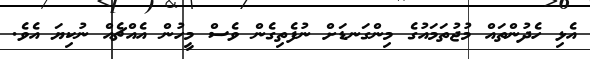
އެޅި ހެދުންތައް މުޖުތަމައުގެ މިންގަނޑަށް ނުފެތިގެން ވެސް މީހުން އެއްޗެއް ނުކިޔަ އެވެ.